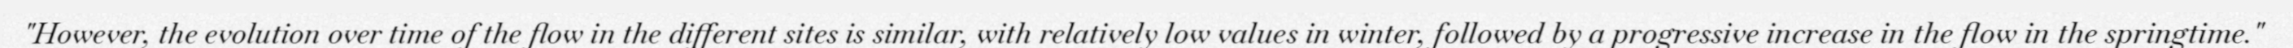
"However, the evolution over time of the flow in the different sites is similar, with relatively low values in winter, followed by a progressive increase in the flow in the springtime."